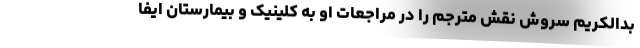
بدالکریم سروش نقش مترجم را در مراجعات او به کلینیک و بیمارستان ایفا